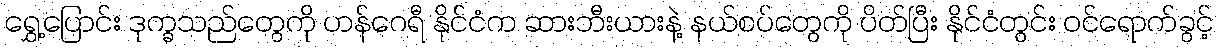
ရွှေ့ပြောင်း ဒုက္ခသည်တွေကို ဟန်ဂေရီ နိုင်ငံက ဆားဘီးယားနဲ့ နယ်စပ်တွေကို ပိတ်ပြီး နိုင်ငံတွင်း ဝင်ရောက်ခွင့်